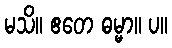
မသိ။ ဧတေ ဓမ္မာ။ ပ။